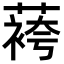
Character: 𬞔